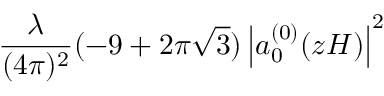
\frac { \lambda } { ( 4 \pi ) ^ { 2 } } ( - 9 + 2 \pi \sqrt { 3 } ) \left| a _ { 0 } ^ { ( 0 ) } ( z H ) \right| ^ { 2 }